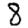
Digit: 8